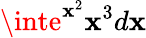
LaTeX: \inte^{\mathbf{x}^{2}}\mathbf{x}^{3}d\mathbf{x}